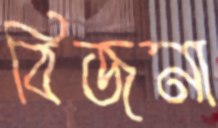
বিজনা